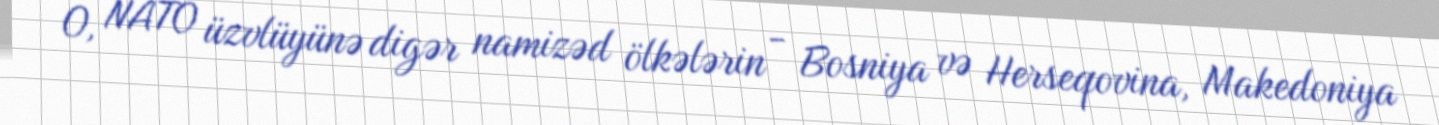
O, NATO üzvlüyünə digər namizəd ölkələrin - Bosniya və Herseqovina, Makedoniya